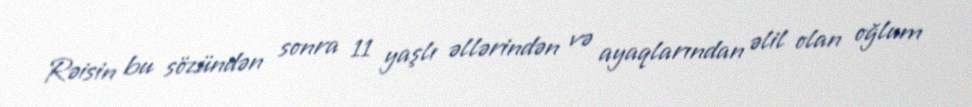
Rəisin bu sözündən sonra 11 yaşlı əllərindən və ayaqlarından əlil olan oğlum